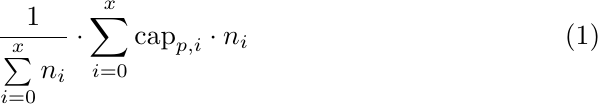
\begin{align}
    \frac{1}{\sum \limits_{i=0}^{x} n_i} \cdot \sum  \limits_{i=0}^{x} \text{cap}_{p, i} \cdot n_i \label{propertyscore}
\end{align}